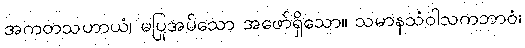
အကတသဟာယံ၊ မပြုအပ်သော အဖော်ရှိသော။ သမာနသံဝါသကဘာဝံ၊